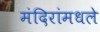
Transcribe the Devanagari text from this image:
मंदिरांमधले